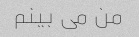
من می بینم